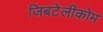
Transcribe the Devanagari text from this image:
जिबटेलीकोम